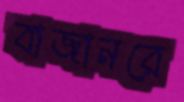
বাজানরে